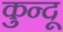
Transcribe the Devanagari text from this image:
कुन्दू